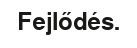
Fejlődés.